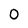
Character: 0